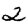
Digit: 2